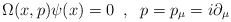
\begin{align*} \Omega (x,p) \psi (x) = 0 \; \; , \; \;p = p_{\mu} = i \partial_{\mu}\end{align*}